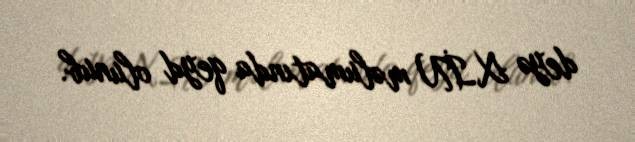
deyə XİN məlumatında qeyd olunub.